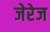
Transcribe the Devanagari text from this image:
जेरेज